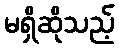
မရှိဆိုသည့်